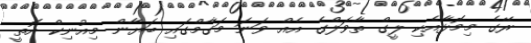
ރޭގެ މިމޮޅާއެކި ލީގް ތާވަލްގެ އެއް ވަނަ މަގާމްގައި ބަޔާން މިއުނިކް އޮތީ